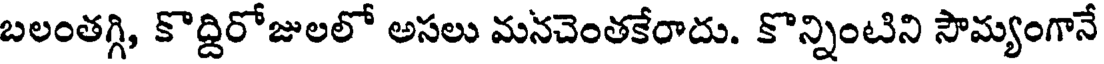
బలంతగ్గి, కొద్దిరోజులలో అసలు మనచెంతకేరాదు. కొన్నింటిని సౌమ్యంగానే